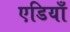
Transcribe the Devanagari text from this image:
एडियाँ